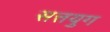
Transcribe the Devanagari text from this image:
सत्तयुग